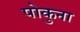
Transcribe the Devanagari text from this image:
पोकुना